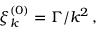
\begin{array} { r } { \xi _ { k } ^ { ( 0 ) } = \Gamma / k ^ { 2 } \, , } \end{array}